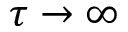
\tau \to \infty